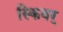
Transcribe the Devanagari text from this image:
स्किवर्